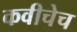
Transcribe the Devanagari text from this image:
कवीचेच